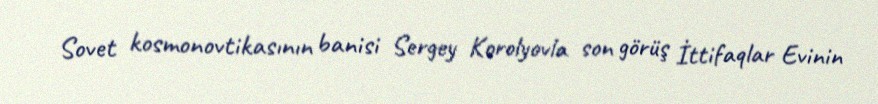
Sovet kosmonovtikasının banisi Sergey Korolyovla son görüş İttifaqlar Evinin